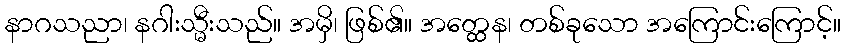
နာဂသညာ၊ နဂါးသ္မီးသည်။ အမှိ၊ ဖြစ်၏။ အတ္ထေန၊ တစ်ခုသော အကြောင်းကြောင့်။